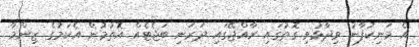
އެ މަނިކުފާނު ވިދާޅުވި ގޮތުގައި ރާއްޖޭގައި ދަރަނި ބަޖެޓެއް އޮތުމުން އެކަމުގެ ޒިންމާ